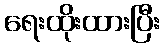
ရေးထိုးထားပြီး